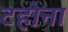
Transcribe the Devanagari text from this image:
टहोना